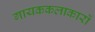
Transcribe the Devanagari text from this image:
गायककलाकारों